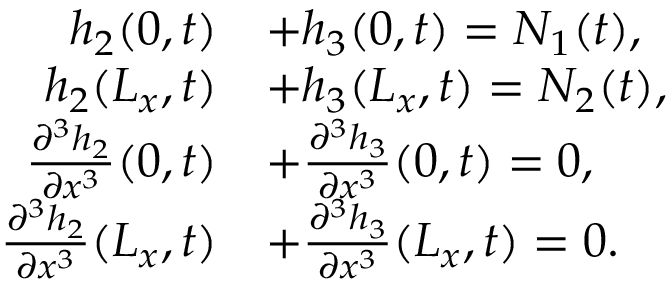
\begin{array} { r l } { h _ { 2 } ( 0 , t ) } & { + h _ { 3 } ( 0 , t ) = N _ { 1 } ( t ) , } \\ { h _ { 2 } ( L _ { x } , t ) } & { + h _ { 3 } ( L _ { x } , t ) = N _ { 2 } ( t ) , } \\ { \frac { \partial ^ { 3 } h _ { 2 } } { \partial x ^ { 3 } } ( 0 , t ) } & { + \frac { \partial ^ { 3 } h _ { 3 } } { \partial x ^ { 3 } } ( 0 , t ) = 0 , } \\ { \frac { \partial ^ { 3 } h _ { 2 } } { \partial x ^ { 3 } } ( L _ { x } , t ) } & { + \frac { \partial ^ { 3 } h _ { 3 } } { \partial x ^ { 3 } } ( L _ { x } , t ) = 0 . } \end{array}